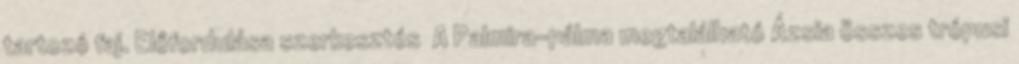
tartozó faj. Előfordulása szerkesztés A Palmira-pálma megtalálható Ázsia összes trópusi